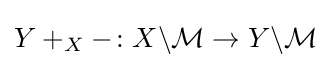
Y+_{X}-\colon X\backslash {\mathcal {M}}\rightarrow Y\backslash {\mathcal {M}}